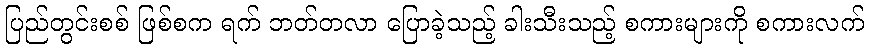
ပြည်တွင်းစစ် ဖြစ်စက ရက် ဘတ်တလာ ပြောခဲ့သည့် ခါးသီးသည့် စကားများကို စကားလက်